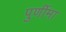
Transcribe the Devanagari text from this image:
पुर्णीमा